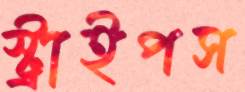
স্ট্রাইপস